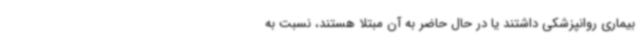
بیماری روانپزشکی داشتند یا در حال حاضر به آن مبتلا هستند، نسبت به